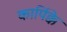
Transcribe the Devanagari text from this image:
कार्पिक्के